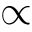
\propto